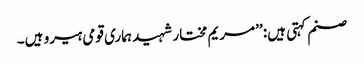
صنم کہتی ہیں: ’’مریم مختار شہید ہماری قومی ہیرو ہیں۔